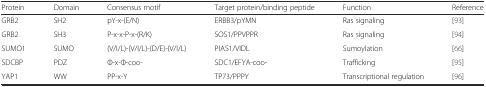
<table><thead><tr><td><b>Protein</b></td><td><b>Domain</b></td><td><b>Consensus motif</b></td><td><b>Target protein/binding peptide</b></td><td><b>Function</b></td><td><b>Reference</b></td></tr></thead><tbody><tr><td>GRB2</td><td>SH2</td><td>pY-x-(E/N)</td><td>ERBB3/pYMN</td><td>Ras signaling</td><td>[93]</td></tr><tr><td>GRB2</td><td>SH3</td><td>P-x-x-P-x-(R/K)</td><td>SOS1/PPVPPR</td><td>Ras signaling</td><td>[94]</td></tr><tr><td>SUMO1</td><td>SUMO</td><td>(V/I/L)-(V/I/L)-(D/E)-(V/I/L)</td><td>PIAS1/VIDL</td><td>Sumoylation</td><td>[66]</td></tr><tr><td>SDCBP</td><td>PDZ</td><td>Φ-x-Φ-coo-</td><td>SDC1/EFYA-coo-</td><td>Trafficking</td><td>[95]</td></tr><tr><td>YAP1</td><td>WW</td><td>PP-x-Y</td><td>TP73/PPPY</td><td>Transcriptional regulation</td><td>[96]</td></tr></tbody></table>